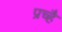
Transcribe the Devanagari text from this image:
प्रच्है